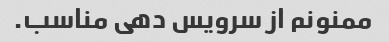
ممنونم از سرویس دهی مناسب.